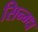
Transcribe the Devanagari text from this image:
सिन्ग्ध